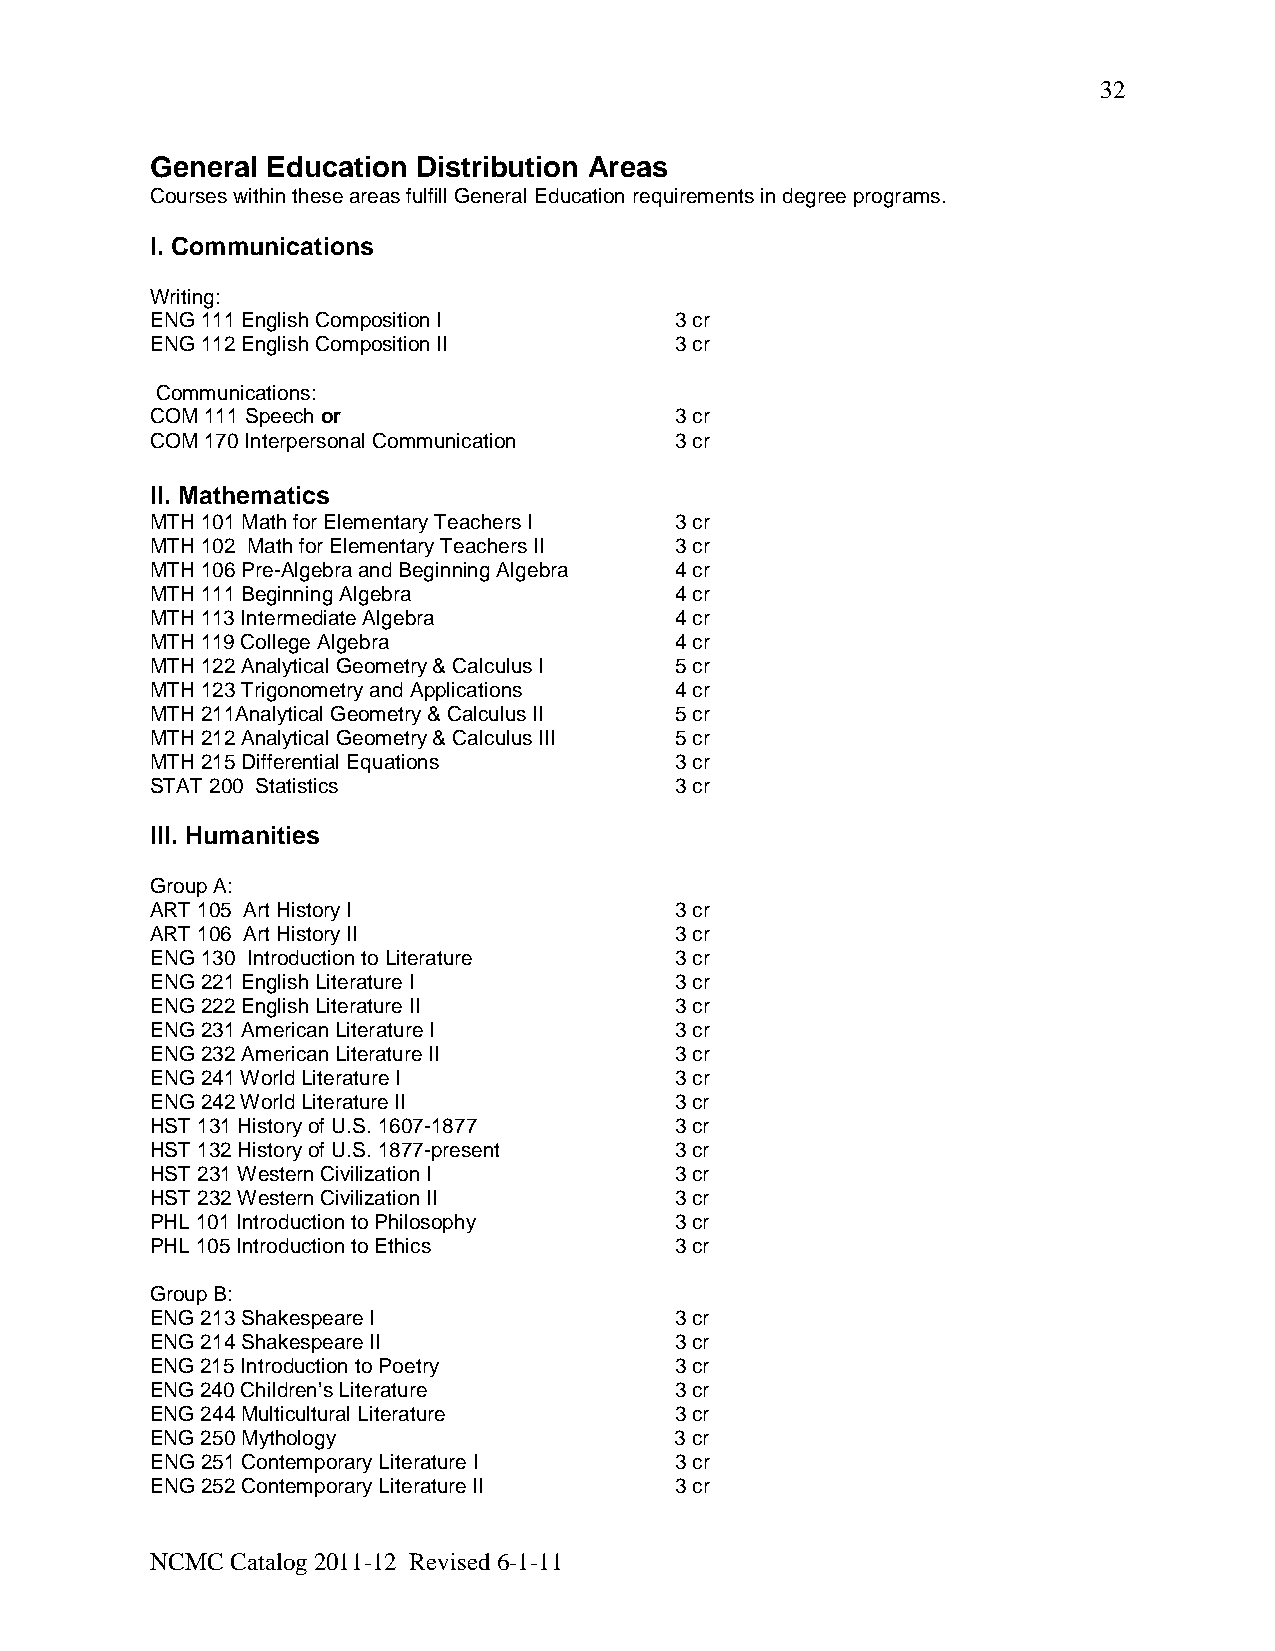
32
 General Education Distribution Areas
 Courses within these areas fulfill General Education requirements in degree programs.
 I. Communications
 Writing:
 ENG 111 English Composition I      3 cr
 ENG 112 English Composition II     3 cr
 Communications:
 COM 111 Speech or                  3 cr
 COM 170 Interpersonal Communication 3 cr
 II. Mathematics
 MTH 101 Math for Elementary Teachers I 3 cr
 MTH 102 Math for Elementary Teachers II 3 cr
 MTH 106 Pre-Algebra and Beginning Algebra 4 cr
 MTH 111 Beginning Algebra          4 cr
 MTH 113 Intermediate Algebra       4 cr
 MTH 119 College Algebra            4 cr
 MTH 122 Analytical Geometry & Calculus I 5 cr
 MTH 123 Trigonometry and Applications 4 cr
 MTH 211Analytical Geometry & Calculus II 5 cr
 MTH 212 Analytical Geometry & Calculus III 5 cr
 MTH 215 Differential Equations     3 cr
 STAT 200 Statistics                3 cr
 III. Humanities
 Group A:
 ART 105 Art History I              3 cr
 ART 106 Art History II             3 cr
 ENG 130 Introduction to Literature 3 cr
 ENG 221 English Literature I       3 cr
 ENG 222 English Literature II      3 cr
 ENG 231 American Literature I      3 cr
 ENG 232 American Literature II     3 cr
 ENG 241 World Literature I         3 cr
 ENG 242 World Literature II        3 cr
 HST 131 History of U.S. 1607-1877  3 cr
 HST 132 History of U.S. 1877-present 3 cr
 HST 231 Western Civilization I     3 cr
 HST 232 Western Civilization II    3 cr
 PHL 101 Introduction to Philosophy 3 cr
 PHL 105 Introduction to Ethics     3 cr
 Group B:
 ENG 213 Shakespeare I              3 cr
 ENG 214 Shakespeare II             3 cr
 ENG 215 Introduction to Poetry     3 cr
 ENG 240 Children’s Literature      3 cr
 ENG 244 Multicultural Literature   3 cr
 ENG 250 Mythology                  3 cr
 ENG 251 Contemporary Literature I  3 cr
 ENG 252 Contemporary Literature II 3 cr
 NCMC Catalog 2011-12 Revised 6-1-11